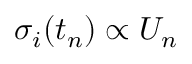
\sigma _ { i } ( t _ { n } ) \propto U _ { n }